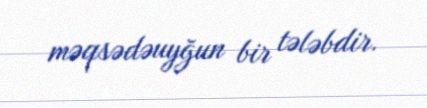
məqsədəuyğun bir tələbdir.